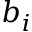
b _ { i }